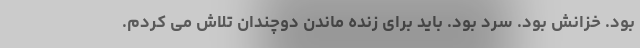
بود. خزانش بود. سرد بود. باید برای زنده ماندن دوچندان تلاش می کردم.